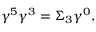
\gamma ^ { 5 } \gamma ^ { 3 } = \Sigma _ { 3 } \gamma ^ { 0 } ,